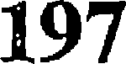
197